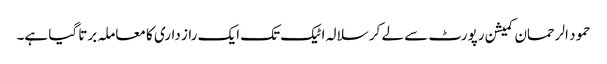
حمود الرحمان کمیشن رپورٹ سے لے کر سلالہ اٹیک تک ایک راز داری کا معاملہ برتا گیا ہے۔